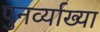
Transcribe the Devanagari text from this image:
पुनर्व्‍याख्‍या